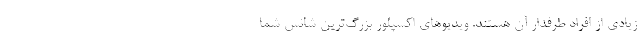
زیادی از افراد طرفدار آن هستند. ویدیو‌های اکسپلور بزرگ‌ترین شانس شما